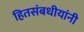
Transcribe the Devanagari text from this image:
हितसंबधीयांनी